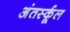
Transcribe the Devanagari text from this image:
अंतर्स्कूल